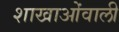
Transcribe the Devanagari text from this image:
शाखाओंवाली